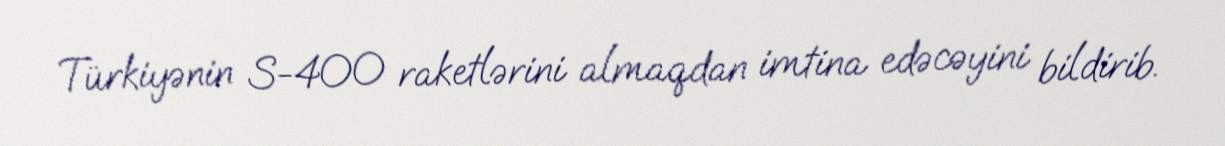
Türkiyənin S-400 raketlərini almaqdan imtina edəcəyini bildirib.